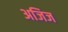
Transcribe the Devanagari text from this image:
अजिज